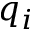
q _ { i }